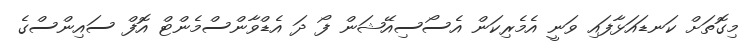
މިގޮތަށް ކަނޑައަޅާފައި ވަނީ އެމެރިކަން އެސޯސިއޭޝަން ފޯ ދަ އެޑްވާންސްމެންޓް އޮފް ސައިންސްގެ